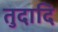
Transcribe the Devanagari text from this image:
तुदादि